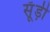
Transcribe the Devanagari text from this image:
सूँड़ी